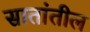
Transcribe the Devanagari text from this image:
सातांतील